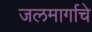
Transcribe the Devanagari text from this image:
जलमार्गाचे